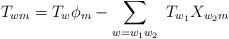
LaTeX: \begin{align*}T_{wm} = T_{w} \phi_{m} - \sum_{w=w_{1}w_{2}} \; T_{w_{1}}X_{w_{2}m} \end{align*}